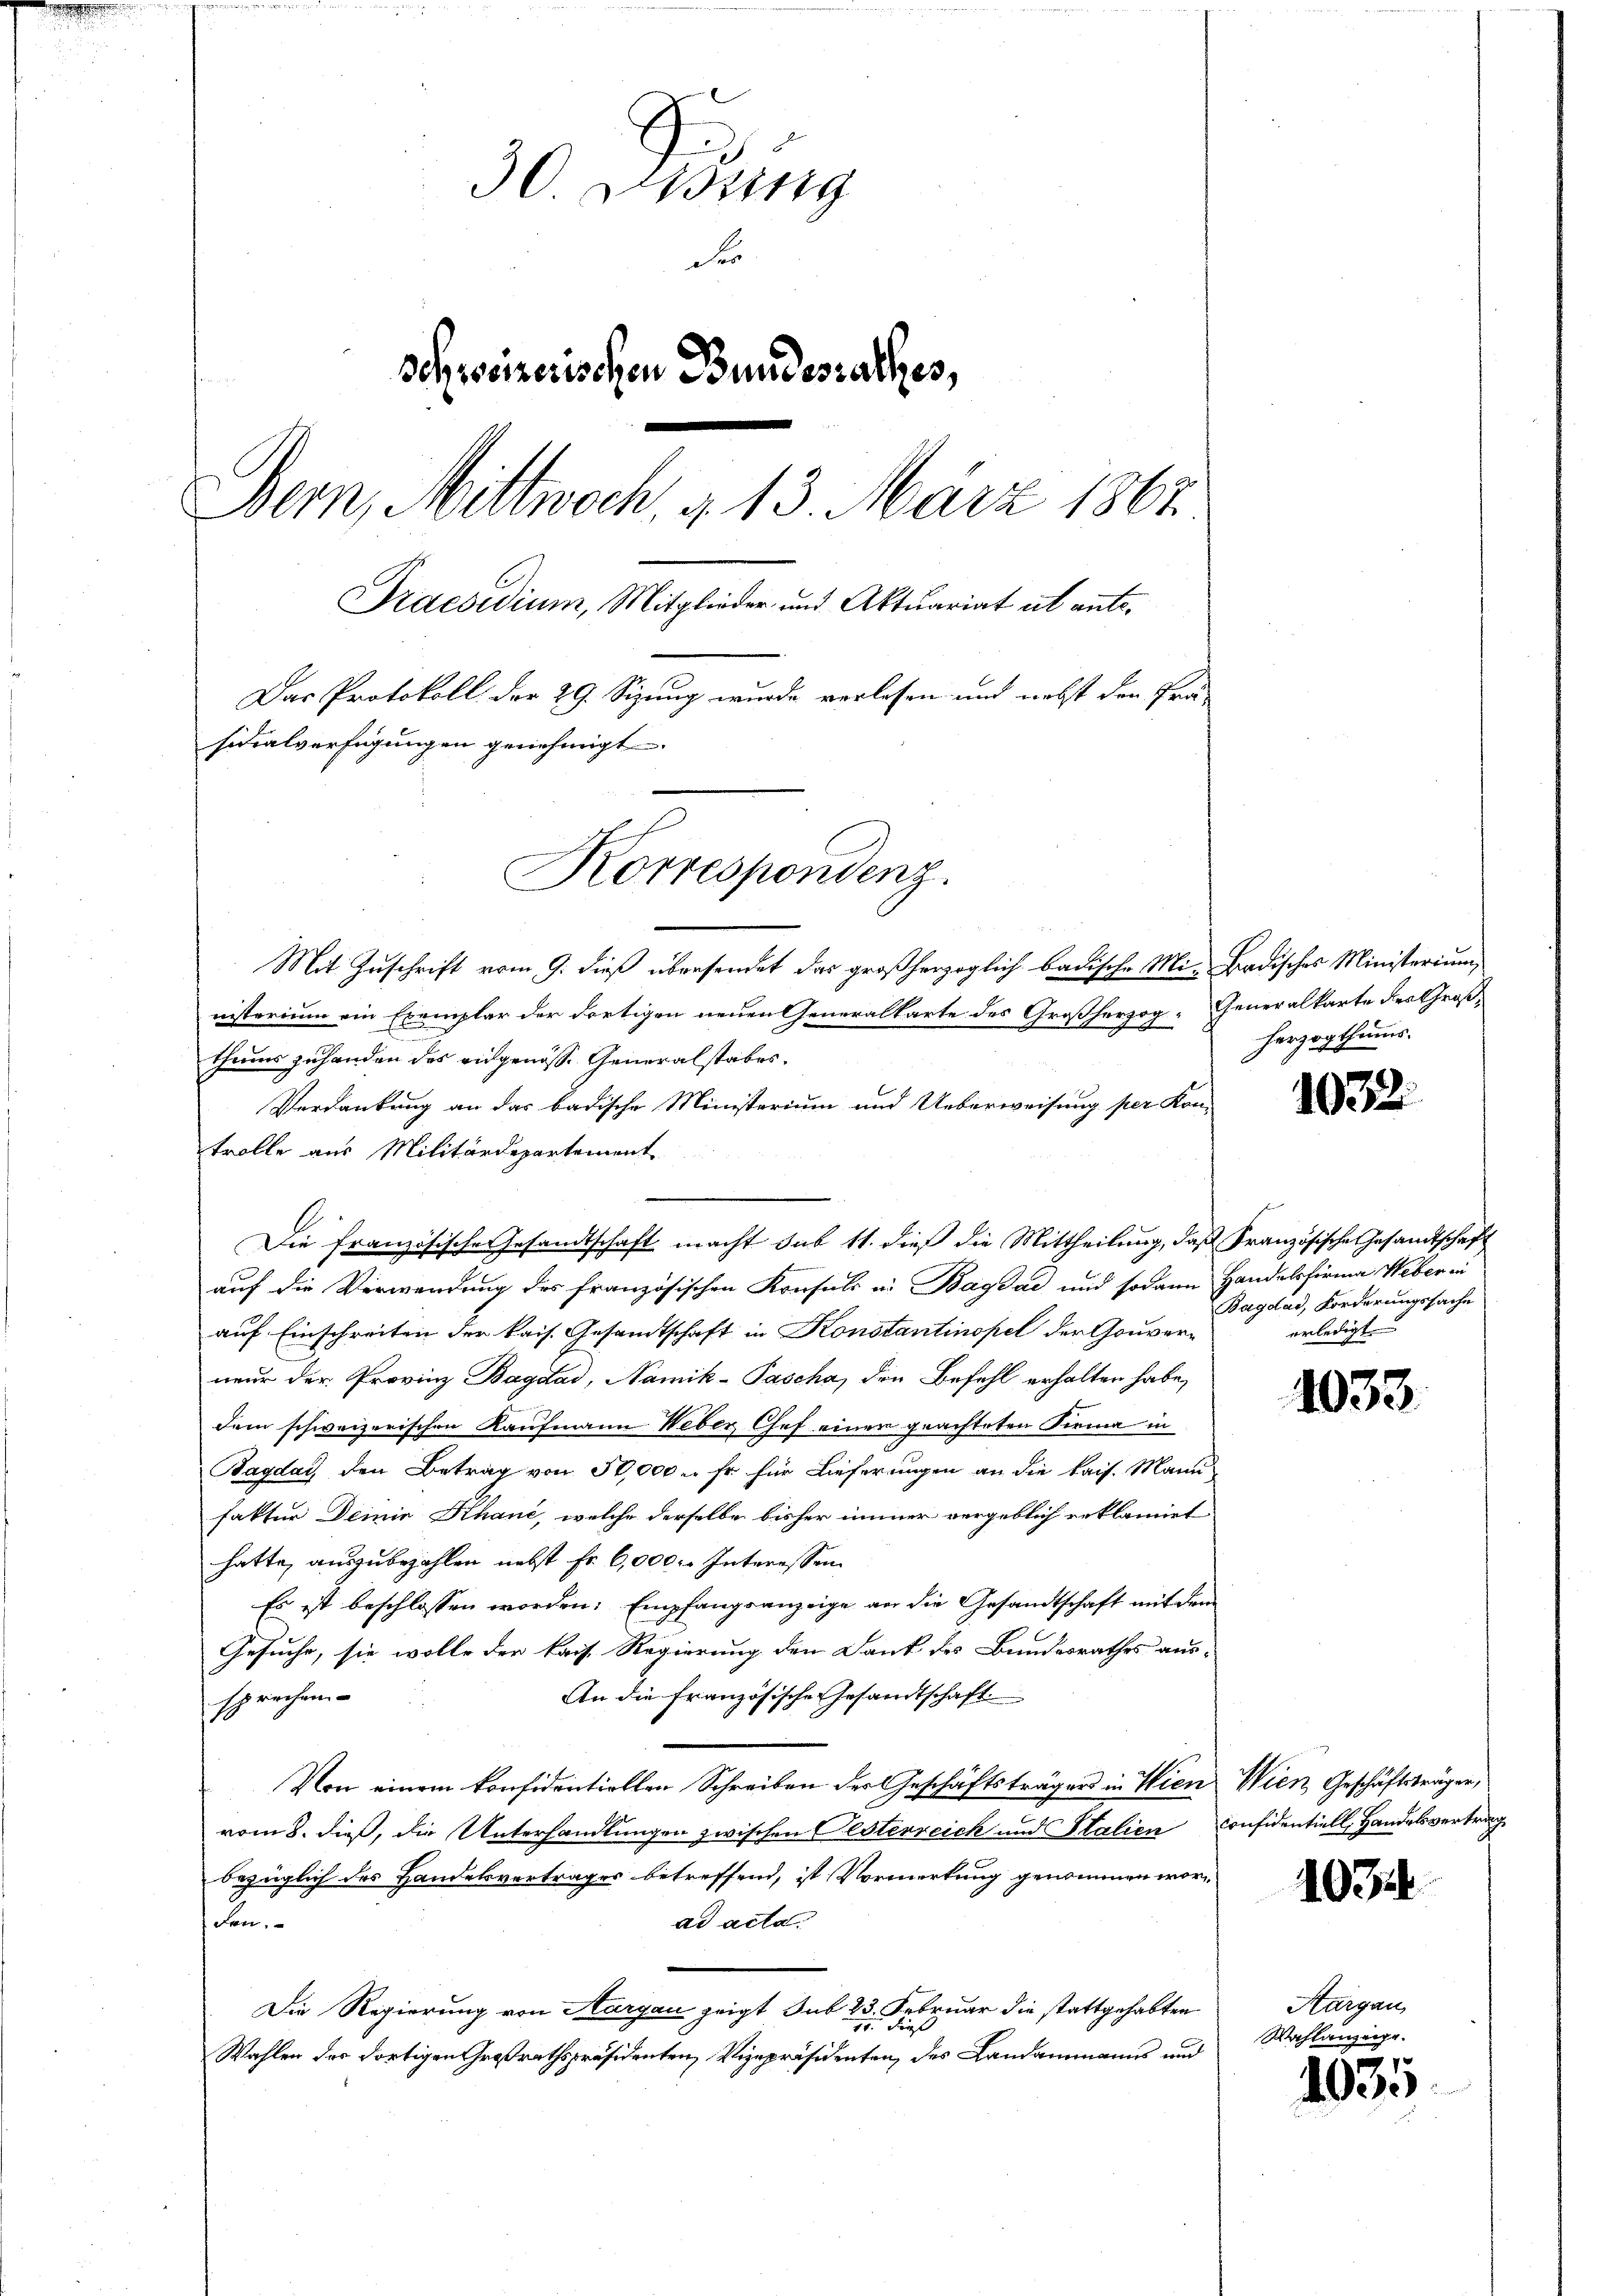
30 Didung
e
schweizerischen Bundesrathes,
Bern, Mittwoch, § 13. März 1867
Praesidium, Mitglieder und Aktuariat ut ante.
Das Protokoll der 29. Sizung wurde verlesen und nebst den Prä-
sidialverfügungen genehmigt.
Korrespondenz.

Mit Zuschrift vom 9. dieß übersendet das großherzoglich badische Mi-Badisches Ministerium
the
nistorium ein Exemplar der dortigen neuen Generaltarte des Großherz
2
thums zuhanden des eidgenöss. Generalstabes.
Verdankung an das badische Ministerium und Ueberweisung per Kon-
trolle aus Militärdepartement
Die französische Gesandtschaft macht sub 11. dieß die Mittheilung, daß Französische Gesandtschaft
auf die Verwendung des französischen Konsuls in Bagdac und sodann Handelsfirma Weber in
auf Einschreiten der kais. Gesandtschaft in Konstantinopel der Gouverneur der Provinz Bagdad, Namik-Pascha, den Befehl erhalten habe,
dem schweizerischen Kaufmann Weber Chef einen geachteten Firma in
Bagdar, den Betrag von 50,000 u. fr. für Lieferungen an die kais. Mann
faktur Deine Khane, welche derselbe bisher immer vergeblich reklamiet
hatte, auszubezahlen nebst fr. 6,000. Interessen
Es ist beschlossen worden. Empfangsanzeige an die Gesandtschaft mit dem
Gesuche, sie wolle der kais. Regierung den Dank des Bundesrathes aus-
An die Französische Gesandtschaft.
sprochen
Von einem konfidentiellen Schreiben der Geschäftsträgers in Wien Wien Geschäftsträger,
vom 8. dieß, die Unterhandlungen zwischen Oesterreich und Stalien Considentiell, Handelsvertrag
bezüglich des Handelsvertrages betreffend, ist Vormerkung genommen worad acta.
fchen.
Die Regierung von Aargau zeigt sub 23. Februar die stattgehabten
1 dies
Wahlen der dortigen Großrathspräsidenten, Vizepräsidenten, des Landammanns und

Generalkarte des Großherzogthums.

1032.

Bagdad, Forderungssache
erledigt

1033

1034

Thurgau,
Wahlanzeige.

1035